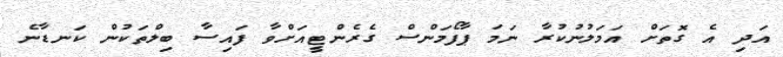
އަދި އެ ގޮތަށް އަމަލުނުކުރާ ނަމަ ޕާފޯމަންސް ގެރެންޓީއަށްވާ ފައިސާ ބިލްތަކުން ކަނޑާނެ